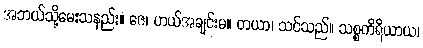
အဘယ်သို့မေးသနည်း။ ဇေ၊ ဟယ်အချင်းမ။ တယာ၊ သင်သည်။ သစ္စကိရိယာယ၊